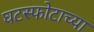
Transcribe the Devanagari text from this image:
घटस्फोटाच्या